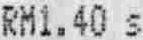
RM1.40 S